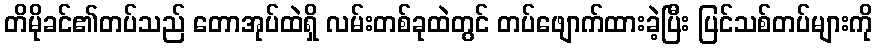
တိမိုခင်၏တပ်သည် တောအုပ်ထဲရှိ လမ်းတစ်ခုထဲတွင် တပ်ဖျောက်ထားခဲ့ပြီး ပြင်သစ်တပ်များကို